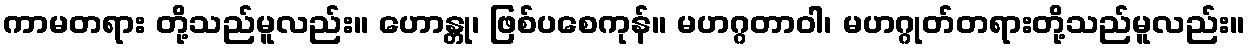
ကာမတရား တို့သည်မူလည်း။ ဟောန္တု၊ ဖြစ်ပစေကုန်။ မဟဂ္ဂတာဝါ၊ မဟဂ္ဂုတ်တရားတို့သည်မူလည်း။